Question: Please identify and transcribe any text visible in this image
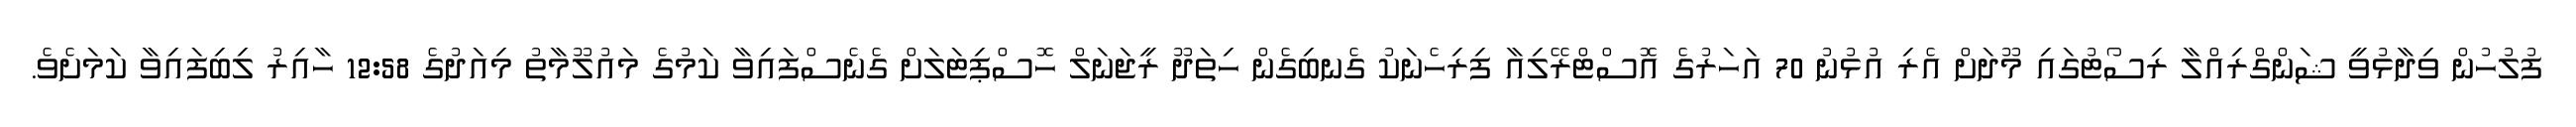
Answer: ފުލުހުން ވިދާޅުވީ ޝަންގްރިއްލާ ރިސޯޓުގައި މޫދަށް އެރި އުޅުނު 70 އަހަރުގެ އޮސްޓްރޭލިއާ ފިރިހެނަކު ގެނބިގެން ހިތަދޫ ރީޖަނަލް ހޮސްޕިޓަލަށް ގެނެސްފައިވާ ކަމުގެ މައުލޫމާތު މިއަދުގެ 12:58 ހާއިރު ލިބިފައިވާ ކަމަށެވެ.